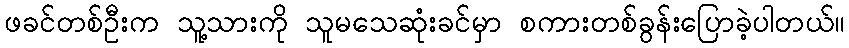
ဖခင်တစ်ဦးက သူ့သားကို သူမသေဆုံးခင်မှာ စကားတစ်ခွန်းပြောခဲ့ပါတယ်။